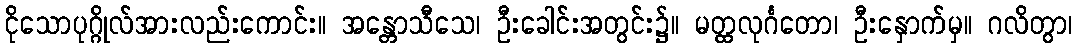
ငိုသောပုဂ္ဂိုလ်အားလည်းကောင်း။ အန္တောသီသေ၊ ဦးခေါင်းအတွင်း၌။ မတ္ထလုင်္ဂတော၊ ဦးနှောက်မှ။ ဂလိတွာ၊